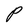
Character: P